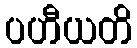
ပဟီယတိ